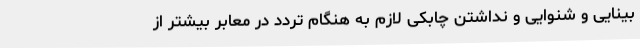
بینایی و شنوایی و نداشتن چابکی لازم به هنگام تردد در معابر بیشتر از